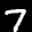
Digit: 7